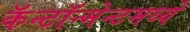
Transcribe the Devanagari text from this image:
कॅन्टॉन्मेन्टमध्ये